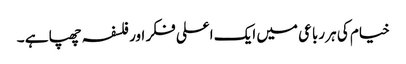
خیام کی ہر رباعی میں ایک اعلی فکر اور فلسفہ چھپا ہے ۔